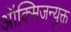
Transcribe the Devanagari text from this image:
ऑक्सिजन्युक्त